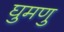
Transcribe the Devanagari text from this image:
घुमणु